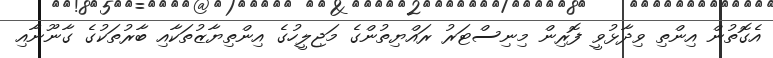
އެގޮތުން އިންތި ވިދާޅުވީ ފޮރިން މިނިސްޓަރު ރައްޔިތުންގެ މަޖިލީހުގެ އިންތިޔާޒުތަކާއި ބާރުތަކުގެ ގާނޫނާއި